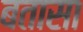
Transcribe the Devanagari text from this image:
बतासा